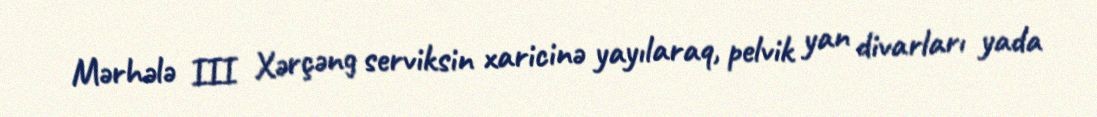
Mərhələ III Xərçəng serviksin xaricinə yayılaraq, pelvik yan divarları yada